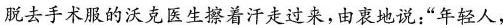
脱去手术服的沃克医生擦着汗走过来，由衷地说：”年轻人，